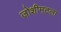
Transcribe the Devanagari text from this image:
जोशीमठला